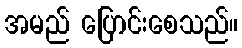
အမည် ပြောင်းစေသည်။